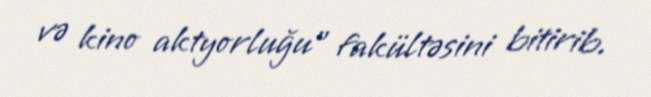
və kino aktyorluğu” fakültəsini bitirib.